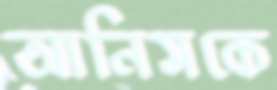
আনিসকে